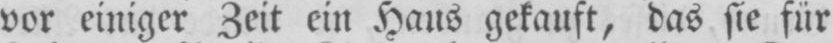
vor einiger Zeit ein Haus gekauft, das sie für